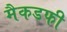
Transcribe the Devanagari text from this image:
मैकडफी